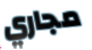
مجاري